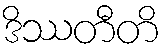
ဒိဿတီတိ